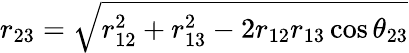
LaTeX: r_{23}=\sqrt{r_{12}^{2}+r_{13}^{2}-2r_{12}r_{13}\cos\theta_{23}}